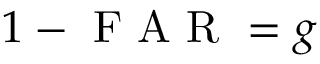
1 - \mathrm { ~ F ~ A ~ R ~ } = g